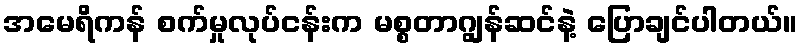
အမေရိကန် စက်မှုလုပ်ငန်းက မစ္စတာဂျွန်ဆင်နဲ့ ပြောချင်ပါတယ်။